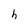
Character: h